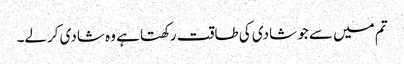
تم میں سے جو شادی کی طاقت رکھتا ہے وہ شادی کرلے۔